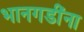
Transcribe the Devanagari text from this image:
भानगडींना